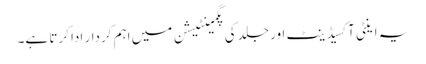
یہ اینٹی آکسیڈینٹ اور جلد کی پگمینٹیشن میں اہم کردار ادا کرتا ہے۔